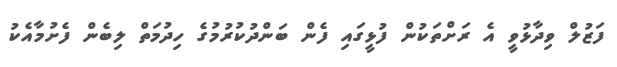
ފަޒުލް ވިދާޅުވީ އެ ރަށްތަކުން ފުޅީގައި ފެން ބަންދުކުރުމުގެ ހިދުމަތް ލިބެން ފެށުމާއެކު